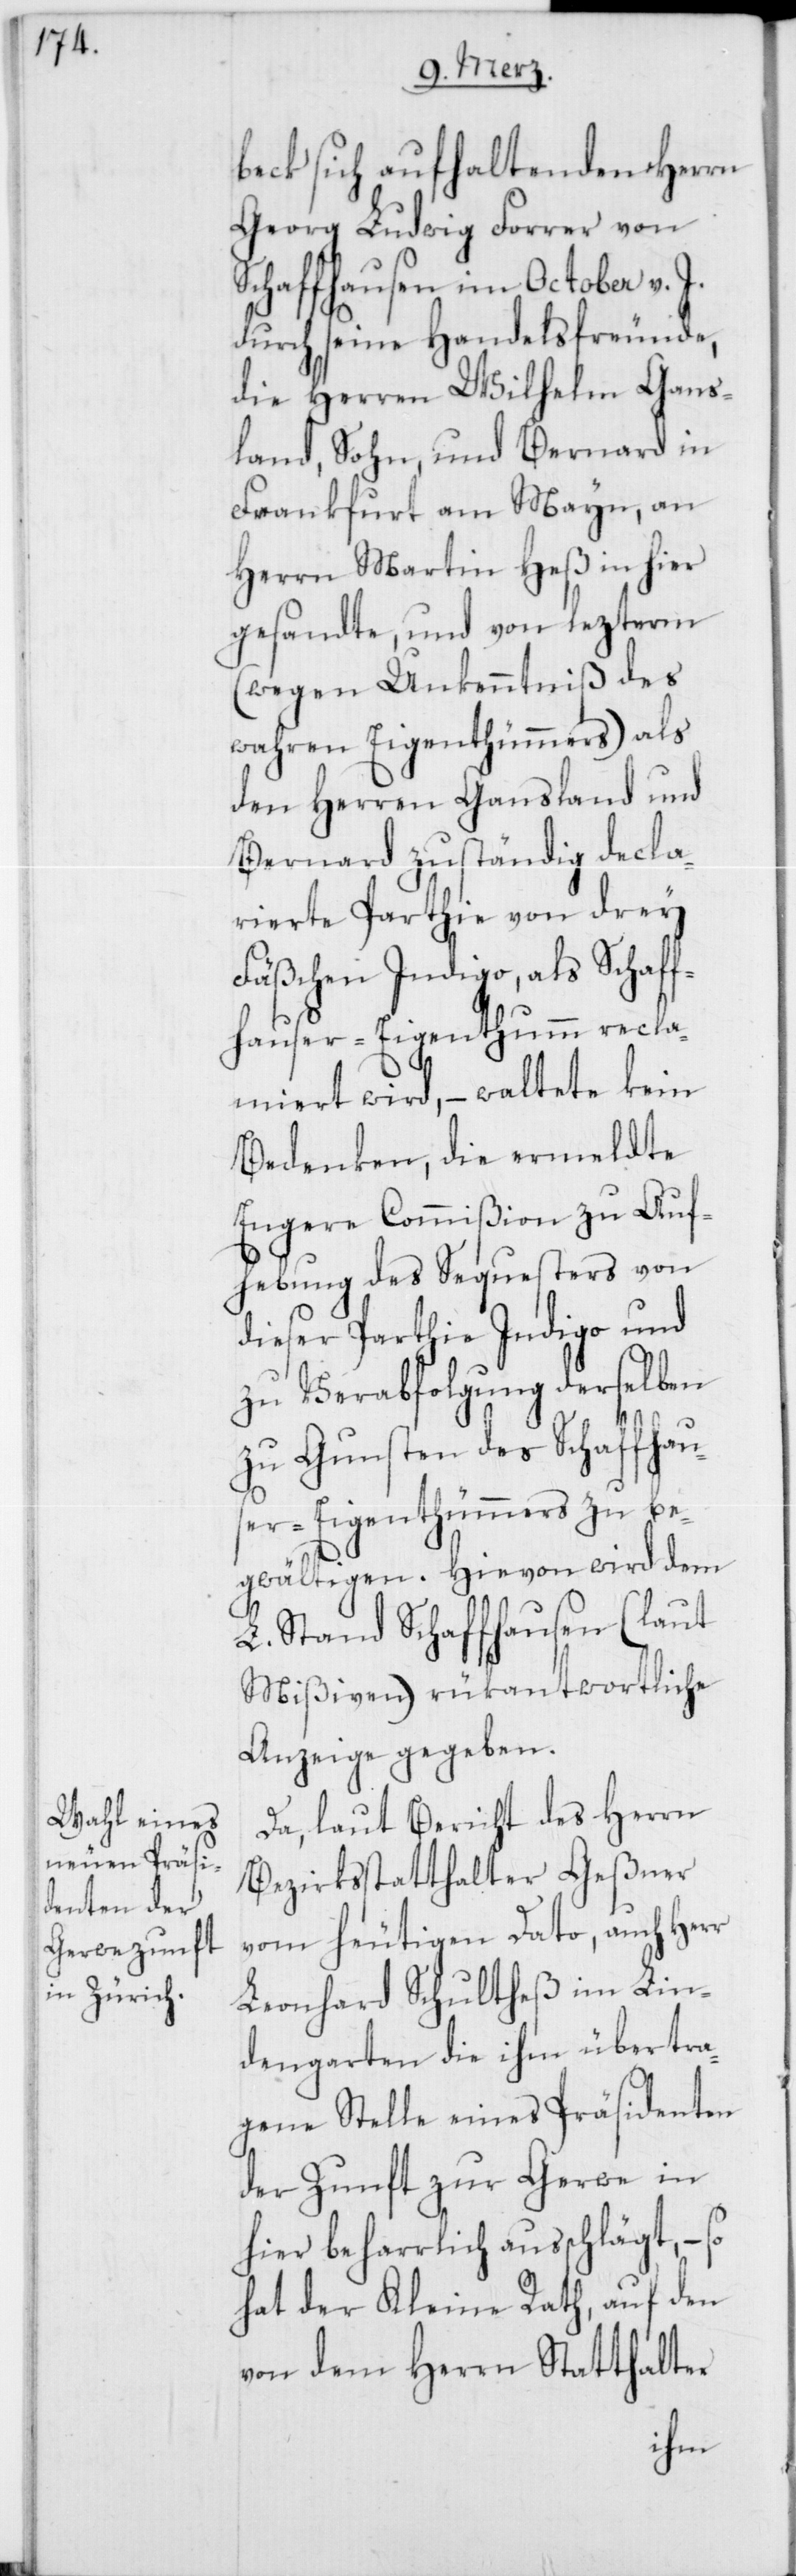
beck sich aufhaltenden Herrn
Georg Ludwig Forrer von
Schaffhausen im October v. J.
durch seine Handelsfreunde,
die Herren Wilhelm Gans¬
land, Sohn, und Bernard in
Frankfurt am Mayn, an
Herrn Martin Heß in hier
gesandte, und von lezterm
(wegen Unkenntniß des
wahren Eigenthümers) als
den Herren Gansland und
Bernard zuständig decla¬
rierte Parthie von drey
Fäßchen Indigo, als Schaff¬
hauser-Eigenthum recla¬
miert wird, – waltete kein
Bedenken, die ermeldte
Engere Commißion zu Auf¬
hebung des Sequesters von
dieser Parthie Indigo und
zu Verabfolgung derselben
zu Gunsten des Schaffhau¬
ser-Eigenthümers zu be¬
gwältigen. Hievon wird dem
L. Stand Schaffhausen (laut
Mißiven) rükantwortliche
Anzeige gegeben.
Da, laut Bericht des Herrn
Bezirksstatthalter Geßner
vom heutigen Dato, auch Herr
Leonhard Schultheß im Lin¬
dengarten die ihm übertra¬
gene Stelle eines Präsidenten
der Zunft zur Gerwe in
hier beharrlich ausschlägt, – so
hat der Kleine Rath, auf den
von dem Herrn Statthalter